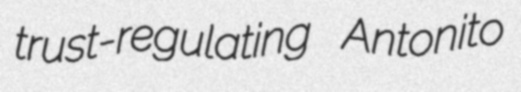
trust-regulating Antonito